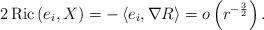
LaTeX: \begin{align*} 2 \operatorname{Ric}\left(e_i, X\right)=-\left\langle e_i, \nabla R\right\rangle=o\left(r^{-\frac{3}{2}}\right). \end{align*}